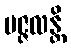
ပဇ္ဇလန္တိ